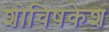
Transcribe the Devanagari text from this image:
शोचिषकेश